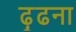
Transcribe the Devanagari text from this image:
ढ़ूढना